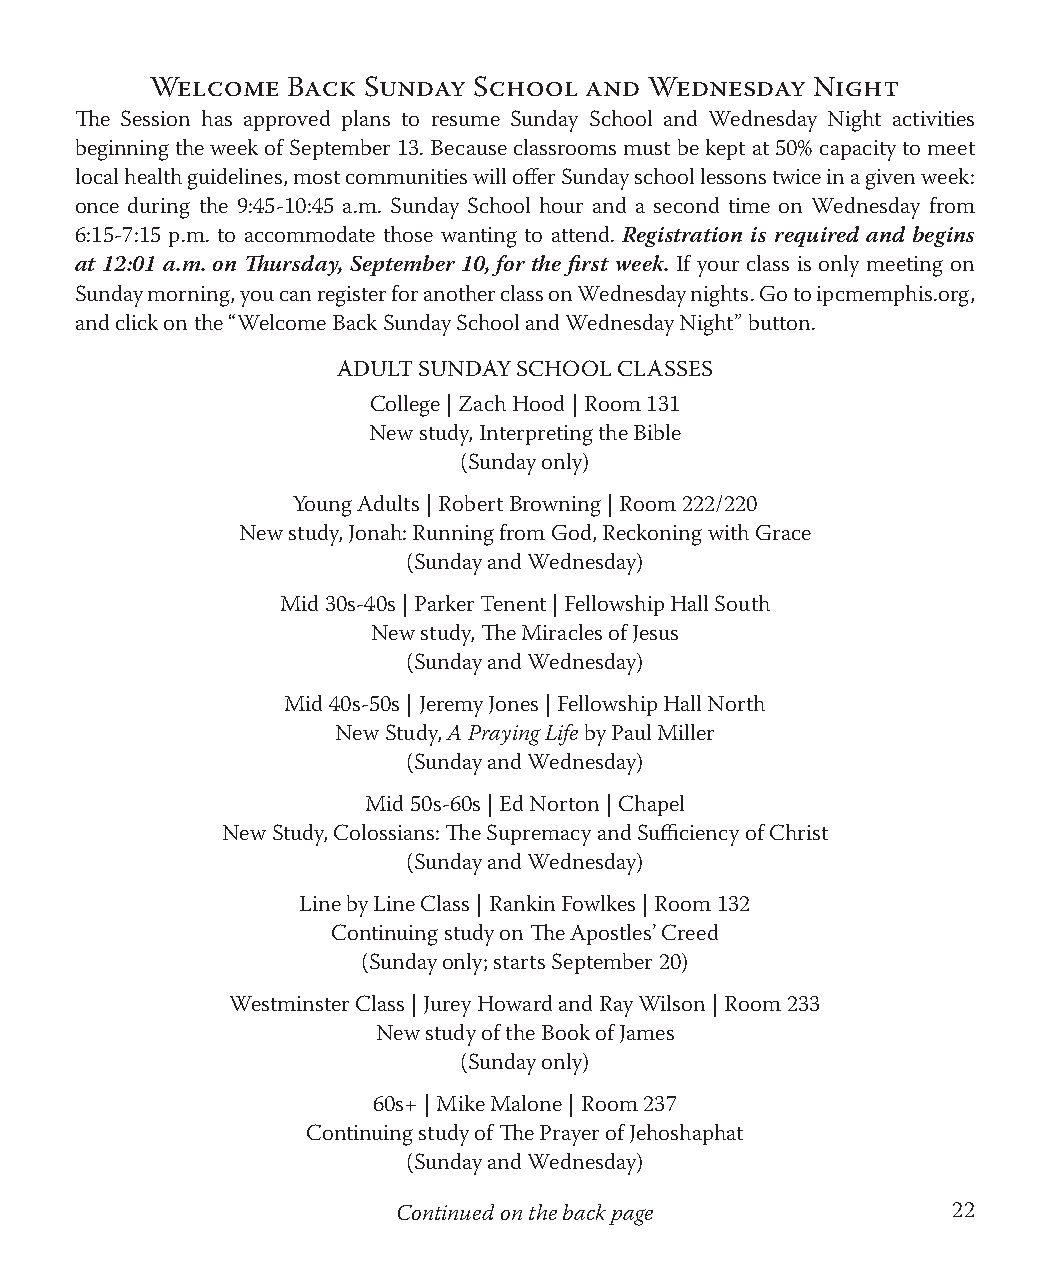
Welcome  Back Sunday School  and Wednesday  Night
 The Session has approved plans to resume Sunday School and Wednesday Night activities
 beginning the week of September 13. Because classrooms must be kept at 50% capacity to meet
 local health guidelines, most communities will offer Sunday school lessons twice in a given week:
 once during the 9:45-10:45 a.m. Sunday School hour and a second time on Wednesday from
 6:15-7:15 p.m. to accommodate those wanting to attend. Registration is required and begins
 at 12:01 a.m. on Thursday, September 10, for the first week. If your class is only meeting on
 Sunday morning, you can register for another class on Wednesday nights. Go to ipcmemphis.org,
 and click on the “Welcome Back Sunday School and Wednesday Night” button.
 ADULT SUNDAY SCHOOL CLASSES
 College | Zach Hood | Room 131
 New study, Interpreting the Bible
 (Sunday only)
 Young Adults | Robert Browning | Room 222/220
 New study, Jonah: Running from God, Reckoning with Grace
 (Sunday and Wednesday)
 Mid 30s-40s | Parker Tenent | Fellowship Hall South
 New study, The Miracles of Jesus
 (Sunday and Wednesday)
 Mid 40s-50s | Jeremy Jones | Fellowship Hall North
 New Study, A Praying Life by Paul Miller
 (Sunday and Wednesday)
 Mid 50s-60s | Ed Norton | Chapel
 New Study, Colossians: The Supremacy and Sufficiency of Christ
 (Sunday and Wednesday)
 Line by Line Class | Rankin Fowlkes | Room 132
 Continuing study on The Apostles’ Creed
 (Sunday only; starts September 20)
 Westminster Class | Jurey Howard and Ray Wilson | Room 233
 New study of the Book of James
 (Sunday only)
 60s+ | Mike Malone | Room 237
 Continuing study of The Prayer of Jehoshaphat
 (Sunday and Wednesday)
 Continued on the back page           22